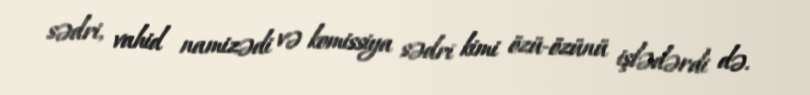
sədri, vahid namizədi və komissiya sədri kimi özü-özünü işlədərdi də.